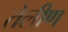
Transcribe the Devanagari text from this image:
तेलीण